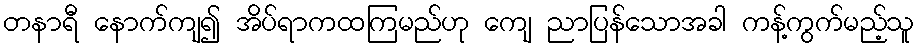
တနာရီ နောက်ကျ၍ အိပ်ရာကထကြမည်ဟု ကျေ ညာပြန်သောအခါ ကန့်ကွက်မည့်သူ